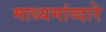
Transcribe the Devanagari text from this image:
माध्यमांव्दारे